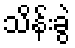
သိန်းခွဲ